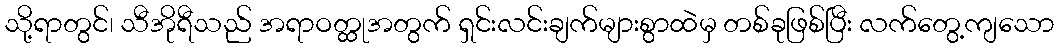
သို့ရာတွင်၊ သီအိုရီသည် အရာဝတ္ထုအတွက် ရှင်းလင်းချက်များစွာထဲမှ တစ်ခုဖြစ်ပြီး လက်တွေ့ကျသော